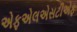
એફએલએસટીએફ